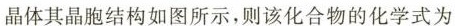
晶体其晶胞结构如图所示，则该化合物的化学式为。